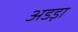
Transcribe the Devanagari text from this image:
अडड़ा